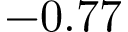
- 0 . 7 7